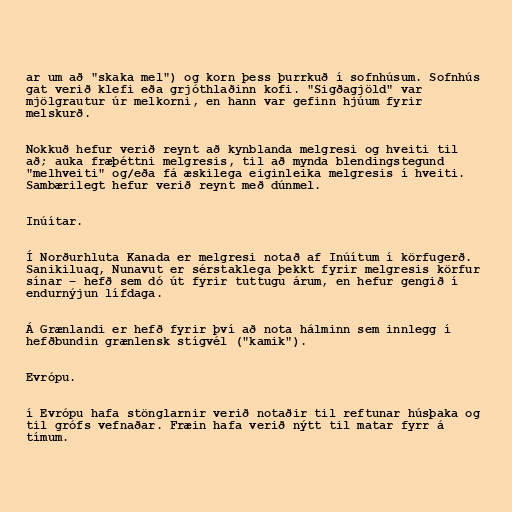
ar um að "skaka mel") og korn þess þurrkuð í sofnhúsum. Sofnhús
gat verið klefi eða grjóthlaðinn kofi. "Sigðagjöld" var
mjölgrautur úr melkorni, en hann var gefinn hjúum fyrir
melskurð.

Nokkuð hefur verið reynt að kynblanda melgresi og hveiti til
að; auka fræþéttni melgresis, til að mynda blendingstegund
"melhveiti" og/eða fá æskilega eiginleika melgresis í hveiti.
Sambærilegt hefur verið reynt með dúnmel.

Inúítar.

Í Norðurhluta Kanada er melgresi notað af Inúítum í körfugerð.
Sanikiluaq, Nunavut er sérstaklega þekkt fyrir melgresis körfur
sínar – hefð sem dó út fyrir tuttugu árum, en hefur gengið í
endurnýjun lífdaga.

Á Grænlandi er hefð fyrir því að nota hálminn sem innlegg í
hefðbundin grænlensk stígvél ("kamik").

Evrópu.

í Evrópu hafa stönglarnir verið notaðir til reftunar húsþaka og
til grófs vefnaðar. Fræin hafa verið nýtt til matar fyrr á
tímum.